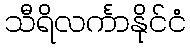
သီရိလင်္ကာနိုင်ငံ